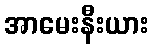
အာမေးနီးယား